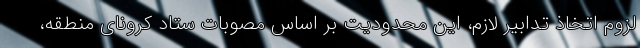
لزوم اتخاذ تدابیر لازم، این محدودیت بر اساس مصوبات ستاد کرونای منطقه،